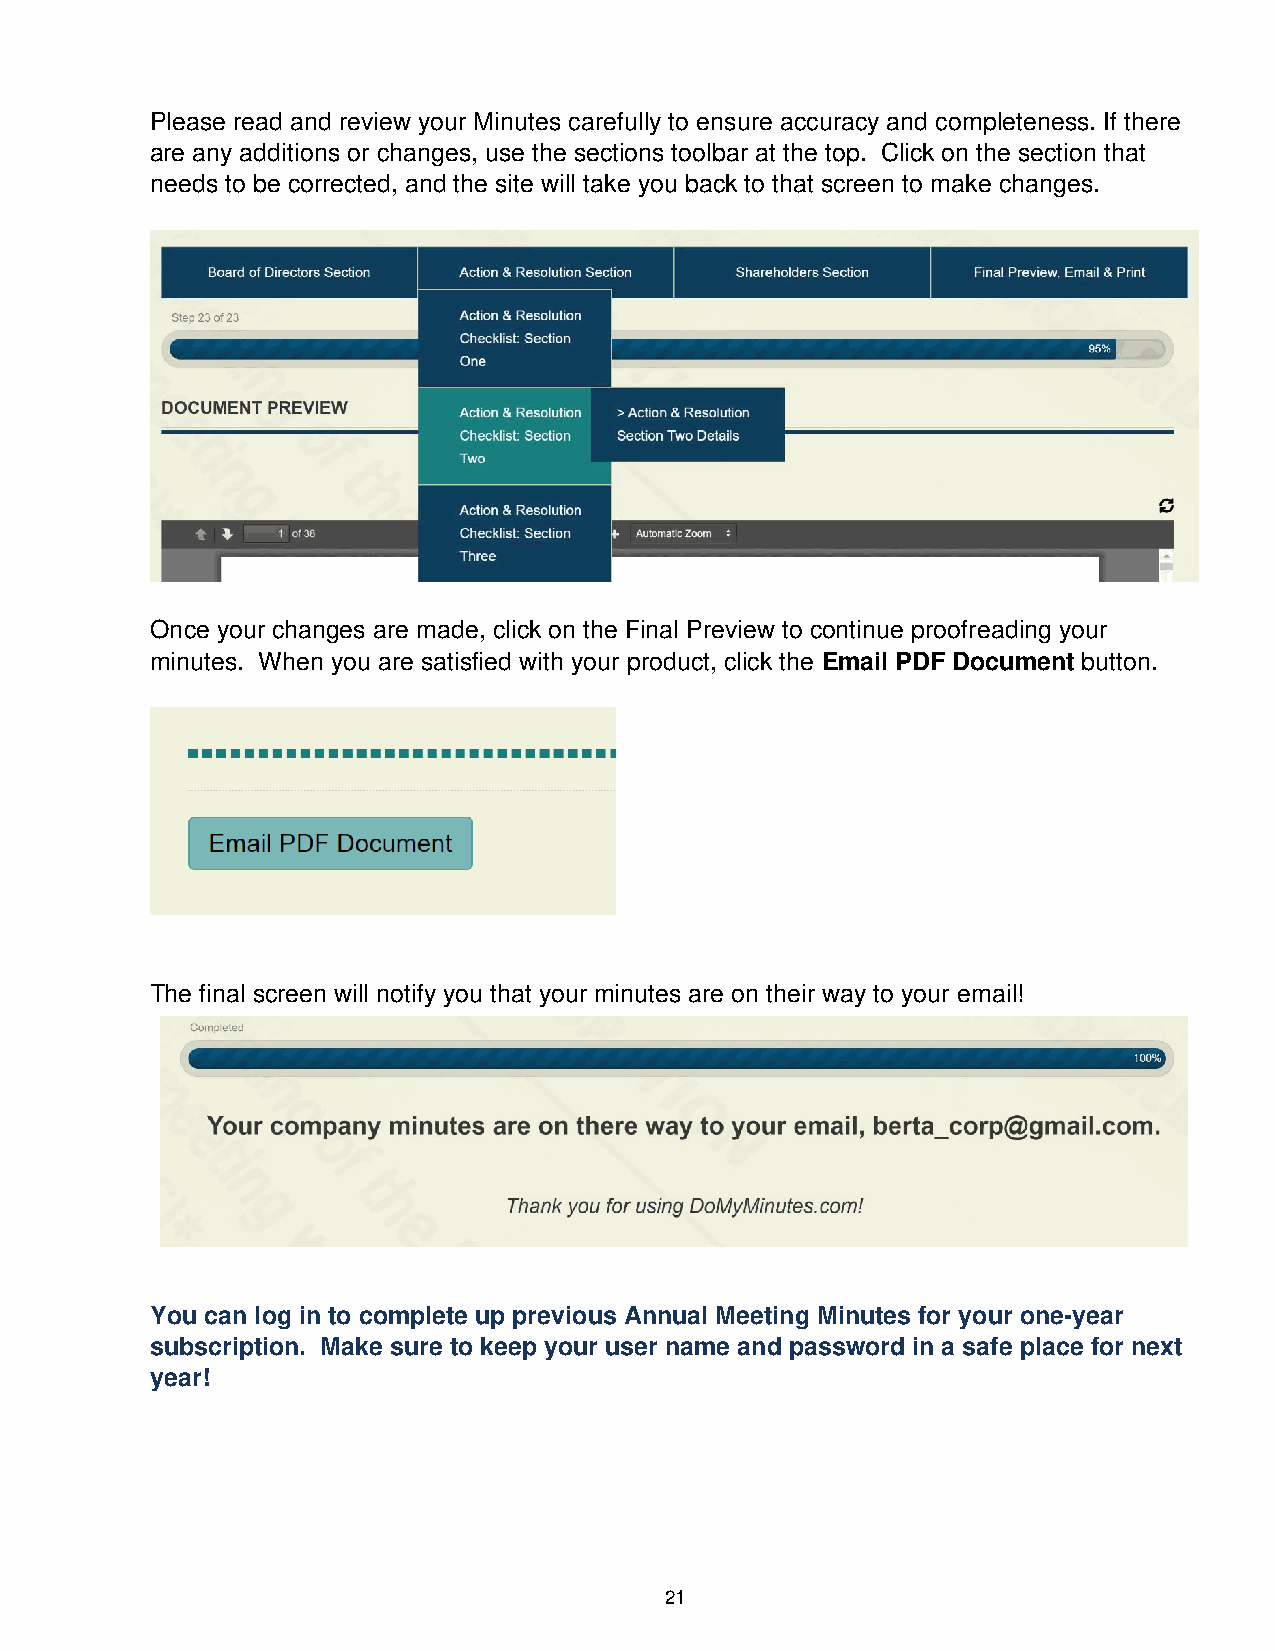
Please read and review your Minutes carefully to ensure accuracy and completeness. If there
 are any additions or changes, use the sections toolbar at the top. Click on the section that
 needs to be corrected, and the site will take you back to that screen to make changes.
 Once your changes are made, click on the Final Preview to continue proofreading your
 minutes. When you are satisfied with your product, click the Email PDF Document button.
 The final screen will notify you that your minutes are on their way to your email!
 You can log in to complete up previous Annual Meeting Minutes for your one-year
 subscription. Make sure to keep your user name and password in a safe place for next
 year!
 21